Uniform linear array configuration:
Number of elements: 16
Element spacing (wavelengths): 0.25
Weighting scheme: binomial
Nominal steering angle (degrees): -15
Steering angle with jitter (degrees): -15.56
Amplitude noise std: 0.05
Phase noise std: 0.05

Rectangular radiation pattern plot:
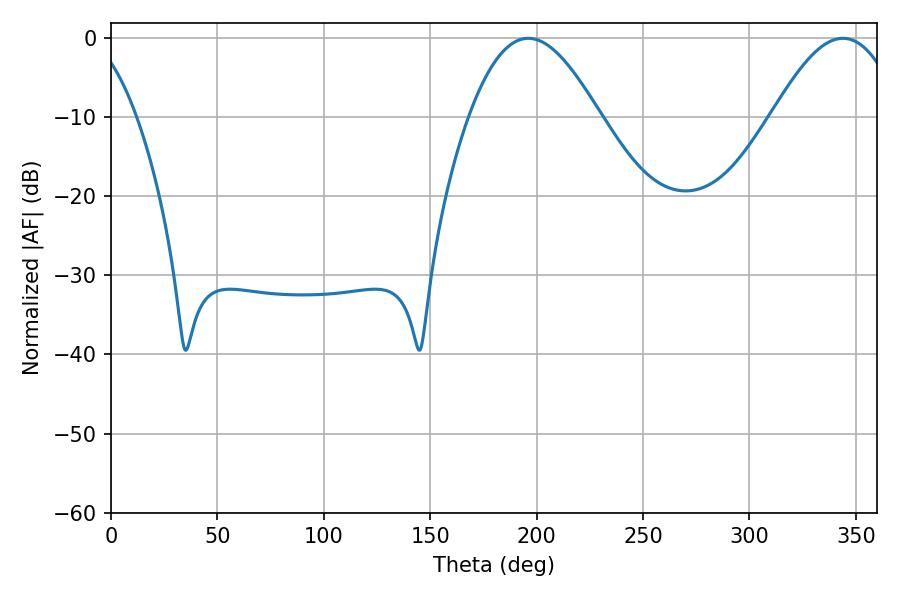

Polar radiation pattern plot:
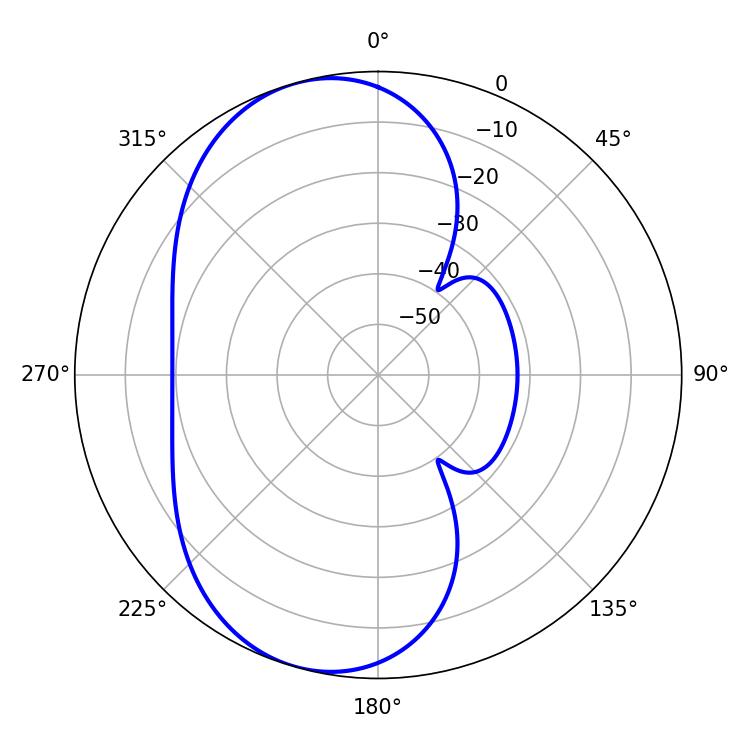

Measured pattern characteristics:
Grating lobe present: FALSE
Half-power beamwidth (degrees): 33.12
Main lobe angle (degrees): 196.02